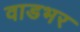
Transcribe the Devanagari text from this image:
वाडभर